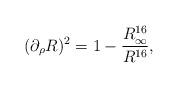
LaTeX: \begin{align*}(\partial_\rho R)^2 = 1 - {R_\infty^{16} \over R^{16}},\end{align*}